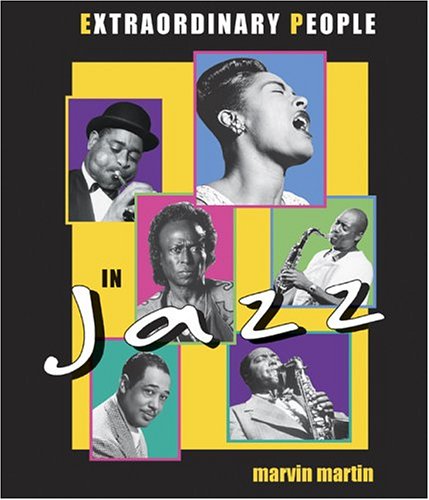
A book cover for Extraordinary People in Jazz; Marvin Martin; Teen & Young Adult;